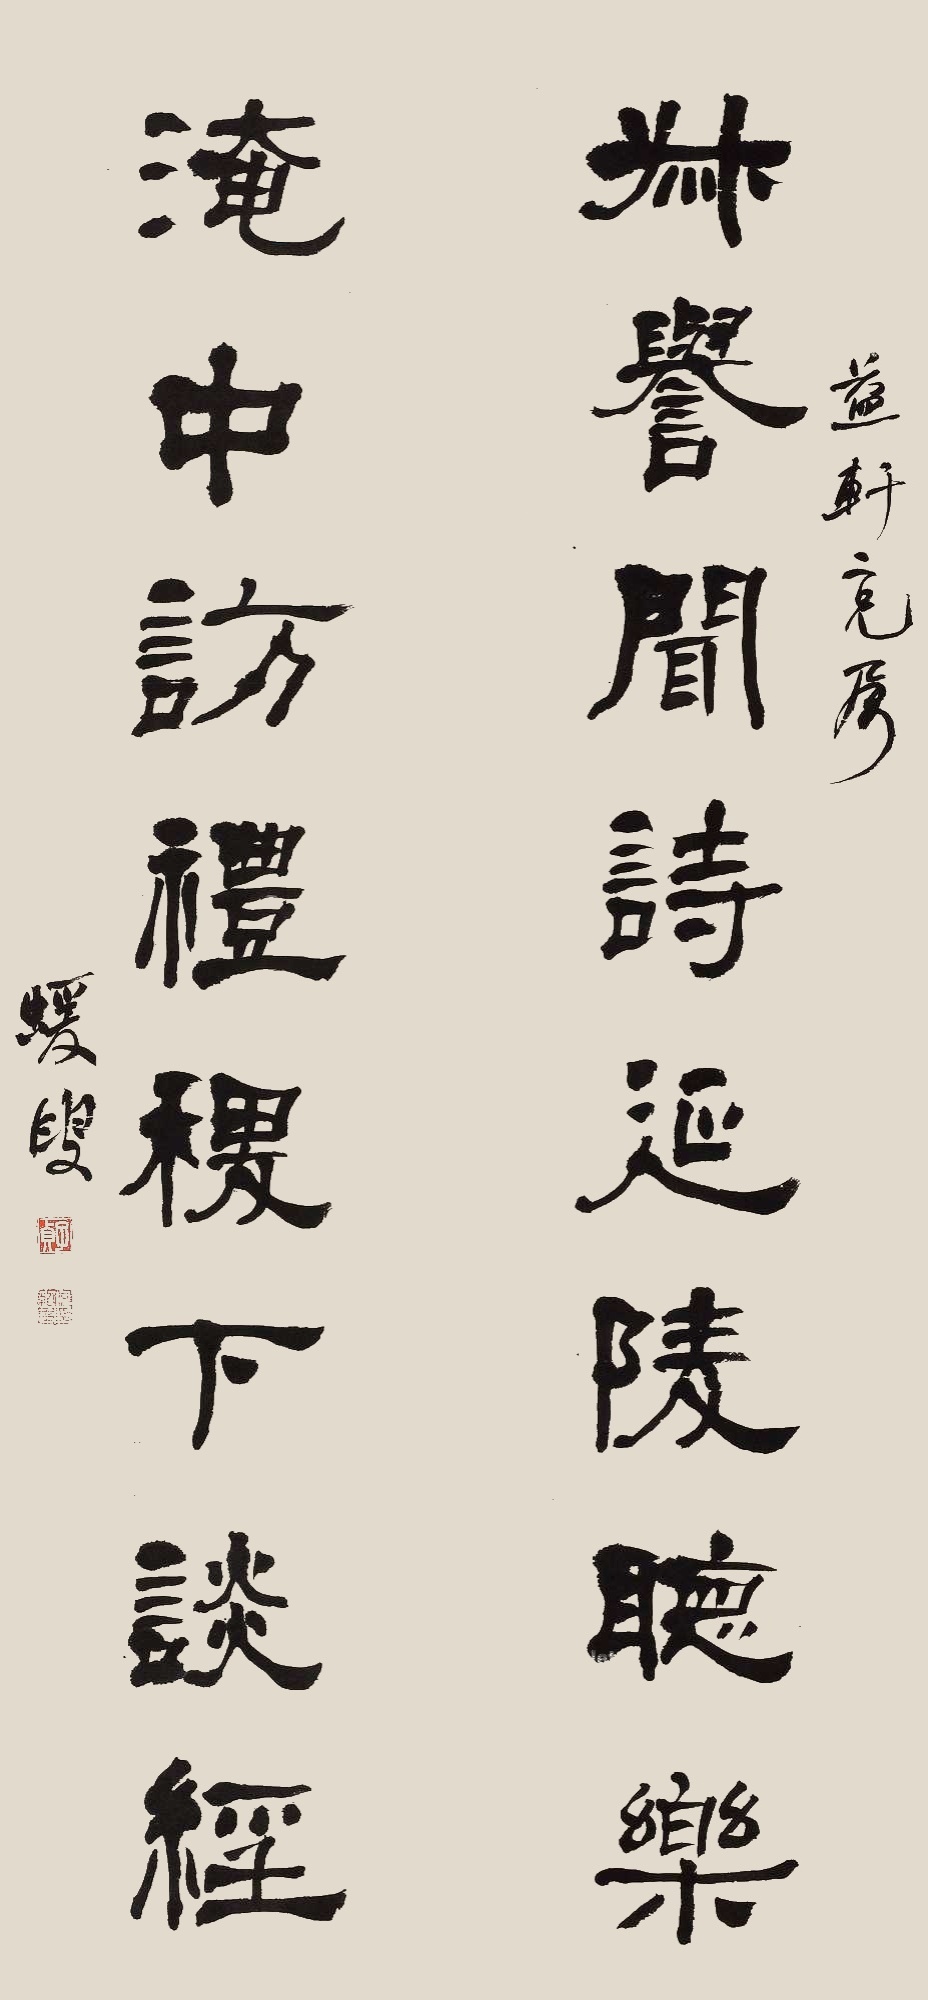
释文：叔誉闻诗延陵听乐，淹中访礼稷下谈经。益轩二兄属，蝯叟。